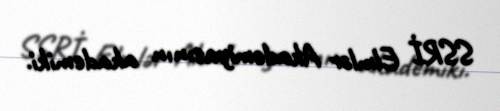
SSRİ Elmlər Akademiyasının akademiki.